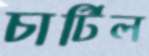
চার্টিল